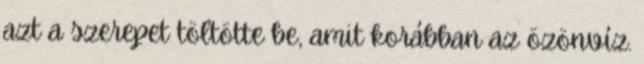
azt a szerepet töltötte be, amit korábban az özönvíz.